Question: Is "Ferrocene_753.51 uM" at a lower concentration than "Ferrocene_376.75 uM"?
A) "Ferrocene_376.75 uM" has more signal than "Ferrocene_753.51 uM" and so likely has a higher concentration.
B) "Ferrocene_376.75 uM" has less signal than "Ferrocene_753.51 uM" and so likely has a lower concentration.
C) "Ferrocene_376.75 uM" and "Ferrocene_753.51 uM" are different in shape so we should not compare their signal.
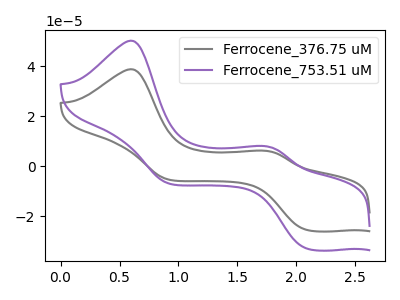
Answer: <think>The gray curve "Ferrocene_376.75 uM" has anodic peaks at (0.60V, 38.90uA) (1.75V, 6.30uA) and cathodic peaks at (2.10V, -25.30uA) (0.90V, -5.20uA). The purple curve "Ferrocene_753.51 uM" has anodic peaks at (0.60V, 50.30uA) (1.75V, 8.15uA) and cathodic peaks at (2.10V, -32.75uA) (0.90V, -6.75uA).
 All the peaks in "Ferrocene_376.75 uM" have a peak in "Ferrocene_753.51 uM" at the same potential. Every peak in "Ferrocene_376.75 uM" is lower than every peak in "Ferrocene_753.51 uM".</think>
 <answer>B) "Ferrocene_376.75 uM" has less signal than "Ferrocene_753.51 uM" and so likely has a lower concentration.</answer>
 <eval>B</eval>